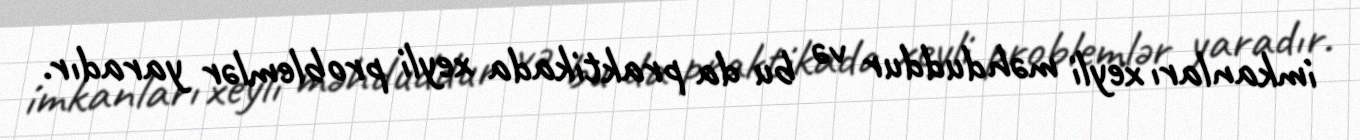
imkanları xeyli məhduddur və bu da praktikada xeyli problemlər yaradır.